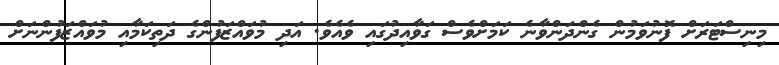
މިނިސްޓަރަށް ފޮނުވަމުން ގެންދަންވާނެ ކަމަށްވެސް ގަވާއިދުގައި ވެއެވެ. އަދި މުވައްޒަފުންގެ ދަތިކަމާއި މުވައްޒަފުންނަށް